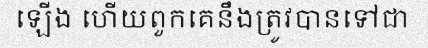
ឡើង ហើយពួកគេនឹងត្រូវបានទៅជា